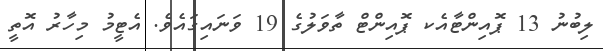
ލިބުނު 13 ޕޮއިންޓާއެކ ޕޮއިންޓް ތާވަލުގެ 19 ވަނައިގައެވެ. އެޓީމު މިހާރު އޮތީ